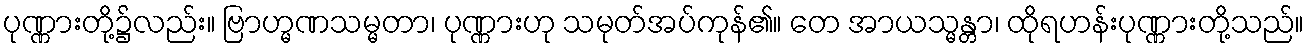
ပုဏ္ဏားတို့၌လည်း။ ဗြာဟ္မဏသမ္မတာ၊ ပုဏ္ဏားဟု သမုတ်အပ်ကုန်၏။ တေ အာယသ္မန္တာ၊ ထိုရဟန်းပုဏ္ဏားတို့သည်။